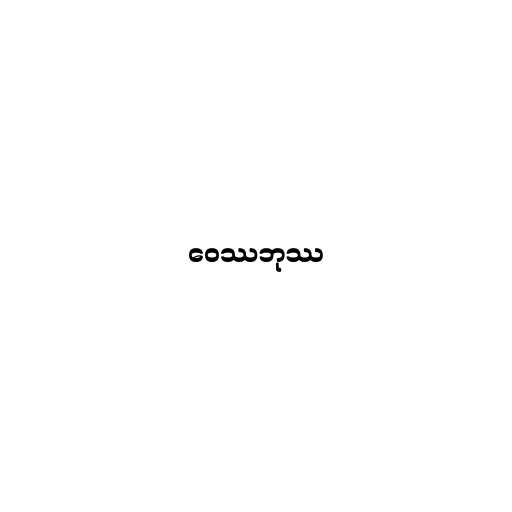
ဝေဿဘုဿ